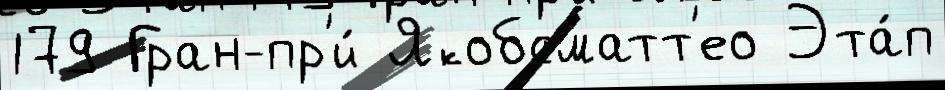
179 Гран-пр'и́ Якобсматт'ео Эта́п